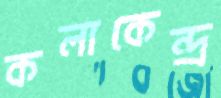
কলাকেন্দ্র